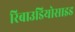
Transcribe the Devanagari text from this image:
रिबाउडियोसाइड